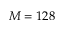
M = 1 2 8